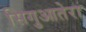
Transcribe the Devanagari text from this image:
सिगुआतेरा